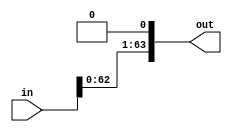
module x_div_lshift(in, out);
	input [63:0] in;
	output [63:0] out;
	
	assign out [63:1] = in[62:0];
	assign out [0] = 1'b0;
	
endmodule